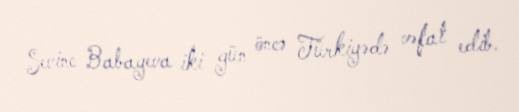
Sevinc Babayeva iki gün öncə Türkiyədə vəfat edib.